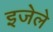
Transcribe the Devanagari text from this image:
इजेले